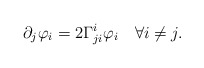
\begin{align*} \partial_j\varphi_i=2\Gamma^i_{ji}\varphi_i\quad\forall i\neq j. \end{align*}